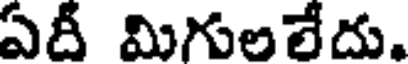
ఏదీ మిగులలేదు.